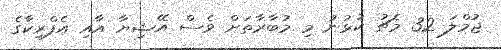
ޖުމްލަ 32 މެޗު ކުޅުނު މި މުބާރާތަށް ވެސް އޭޝިޔާ އާއި އެފްރިކާގެ